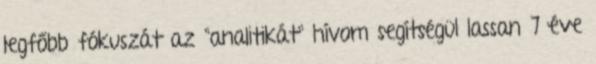
legfőbb fókuszát az "analitikát" hívom segítségül lassan 7 éve